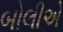
બોલીએ